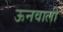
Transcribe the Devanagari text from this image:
ऊनवाली